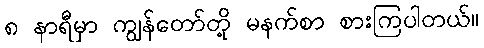
၈ နာရီမှာ ကျွန်တော်တို့ မနက်စာ စားကြပါတယ်။